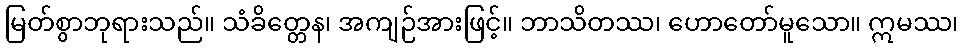
မြတ်စွာဘုရားသည်။ သံခိတ္တေန၊ အကျဉ်အားဖြင့်။ ဘာသိတဿ၊ ဟောတော်မူသော။ ဣမဿ၊